Civil Veterinary Dept. Bombay admin report 1893-99 - 1893-1899
Year: 1893
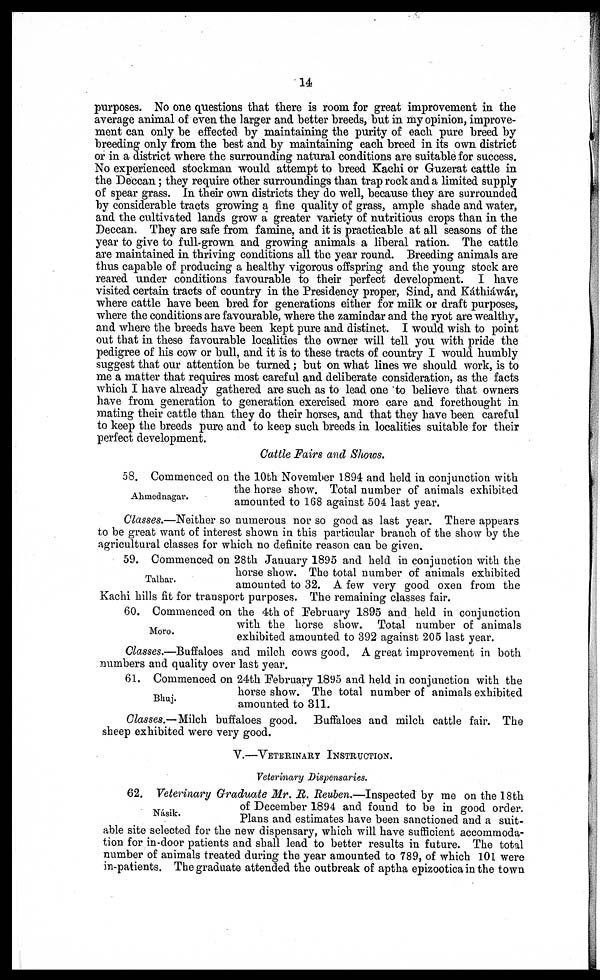
14
purposes. No one questions that there is room for great improvement in the
average animal of even the larger and better breeds, but in my opinion, improve-
ment can only be effected by maintaining the purity of each pure breed by
breeding only from the best and by maintaining each breed in its own district
or in a district where the surrounding natural conditions are suitable for success.
No experienced stockman would attempt to breed Kachi or Guzerat cattle in
the Deccan; they require other surroundings than trap rock and a limited supply
of spear grass. In their own districts they do well, because they are surrounded
by considerable tracts growing a fine quality of grass, ample shade and water,
and the cultivated lands grow a greater variety of nutritious crops than in the
Deccan. They are safe from famine, and it is practicable at all seasons of the
year to give to full-grown and growing animals a liberal ration. The cattle
are maintained in thriving conditions all the year round. Breeding animals are
thus capable of producing a healthy vigorous offspring and the young stock are
reared under conditions favourable to their perfect development. I have
visited certain tracts of country in the Presidency proper, Sind, and Káthiáwár,
where cattle have been bred for generations either for milk or draft purposes,
where the conditions are favourable, where the zamindar and the ryot are wealthy,
and where the breeds have been kept pure and distinct. I would wish to point
out that in these favourable localities the owner will tell you with pride the
pedigree of his cow or bull, and it is to these tracts of country I would humbly
suggest that our attention be turned; but on what lines we should work, is to
me a matter that requires most careful and deliberate consideration, as the facts
which I have already gathered are such as to lead one to believe that owners
have from generation to generation exercised more care and forethought in
mating their cattle than they do their horses, and that they have been careful
to keep the breeds pure and to keep such breeds in localities suitable for their
perfect development.
Cattle Fairs and Shows.
Ahmednagar.
58. Commenced on the 10th November 1894 and held in conjunction with
the horse show. Total number of animals exhibited
amounted to 168 against 504 last year.
Classes.—Neither so numerous nor so good as last year. There appears
to be great want of interest shown in this particular branch of the show by the
agricultural classes for which no definite reason can be given.
Talhar.
59. Commenced on 28th January 1895 and held in conjunction with the
horse show. The total number of animals exhibited
amounted to 32. A few very good oxen from the
Kachi hills fit for transport purposes. The remaining classes fair.
Moro.
60. Commenced on the 4th of February 1895 and held in conjunction
with the horse show. Total number of animals
exhibited amounted to 392 against 205 last year.
Classes.—Buffaloes and milch cows good. A great improvement in both
numbers and quality over last year.
Bhuj.
61. Commenced on 24th February 1895 and held in conjunction with the
horse show. The total number of animals exhibited
amounted to 311.
Classes.— Milch buffaloes good. Buffaloes and milch cattle fair. The
sheep exhibited were very good.
V.—VETERINARY INSTRUCTION.
Veterinary Dispensaries.
Násik.
62. Veterinary Graduate Mr. R. Reuben.—Inspected by me on the 18th
of December 1894 and found to be in good order.
Plans and estimates have been sanctioned and a suit-
able site selected for the new dispensary, which will have sufficient accommoda-
tion for in-door patients and shall lead to better results in future. The total
number of animals treated during the year amounted to 789, of which 101 were
in-patients. The graduate attended the outbreak of aptha epizootica in the town